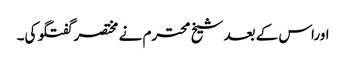
اوراس کے بعد شیخ محترم نے مختصر گفتگو کی۔